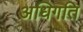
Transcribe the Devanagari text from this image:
अधिगति